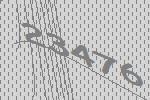
23476